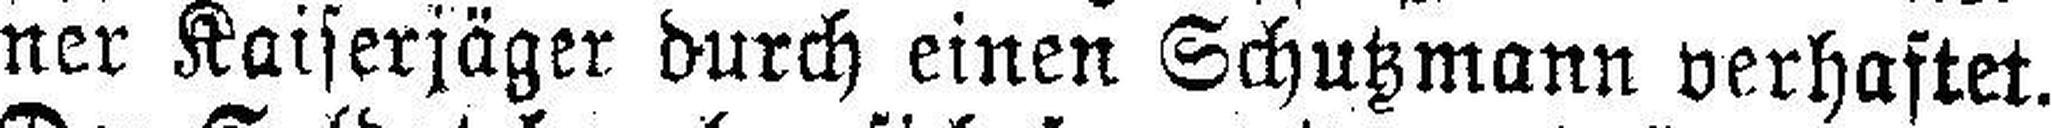
ner Kaiserjäger durch einen Schutzmann verhaftet.